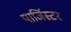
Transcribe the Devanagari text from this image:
पार्जिस्टर